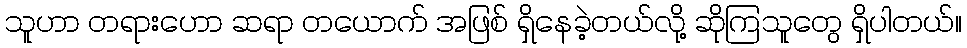
သူဟာ တရားဟော ဆရာ တယောက် အဖြစ် ရှိနေခဲ့တယ်လို့ ဆိုကြသူတွေ ရှိပါတယ်။